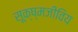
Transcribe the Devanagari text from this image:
सूक्ष्मजीविय